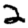
Digit: 2